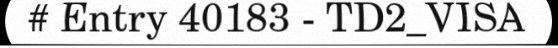
# Entry 40183 - TD2_VISA